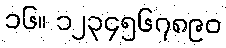
၁၆။ ၁၂၃၄၅၆၇၈၉၀